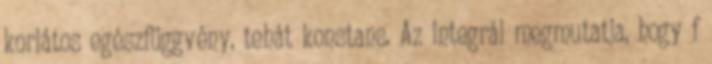
korlátos egészfüggvény, tehát konstans. Az integrál megmutatja, hogy f